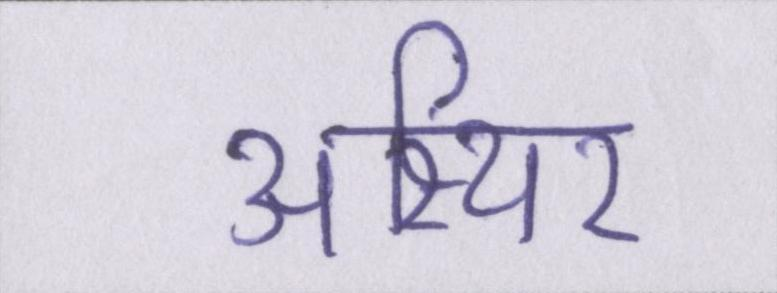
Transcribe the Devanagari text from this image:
अस्थिर